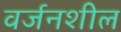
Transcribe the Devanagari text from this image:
वर्जनशील